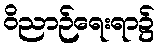
ဝိညာဉ်ရေးရာ၌